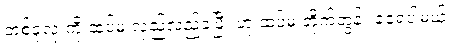
တစ်ခုလုံးကို ထပ်မံ လှည့်လည်ခဲ့ပြီး ဟု ထပ်မံ တိုက်တွန်း ခံခဲ့ရပါမယ်။